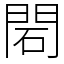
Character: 䦒